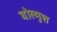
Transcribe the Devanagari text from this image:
बोल्मुश